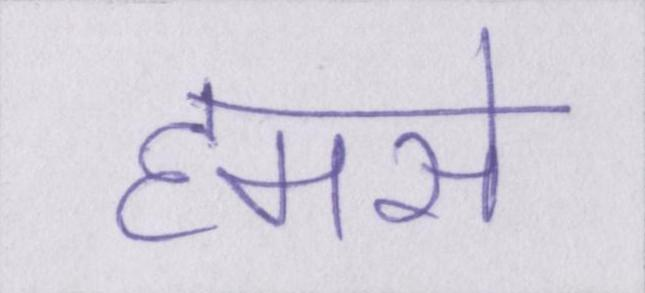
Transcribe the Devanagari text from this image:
हमसे